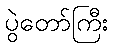
ပွဲတော်ကြီး